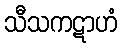
သီသကဋာဟံ